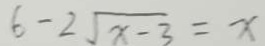
6 - 2 \sqrt { x - 3 } = x